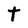
Character: t